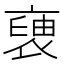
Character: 褏